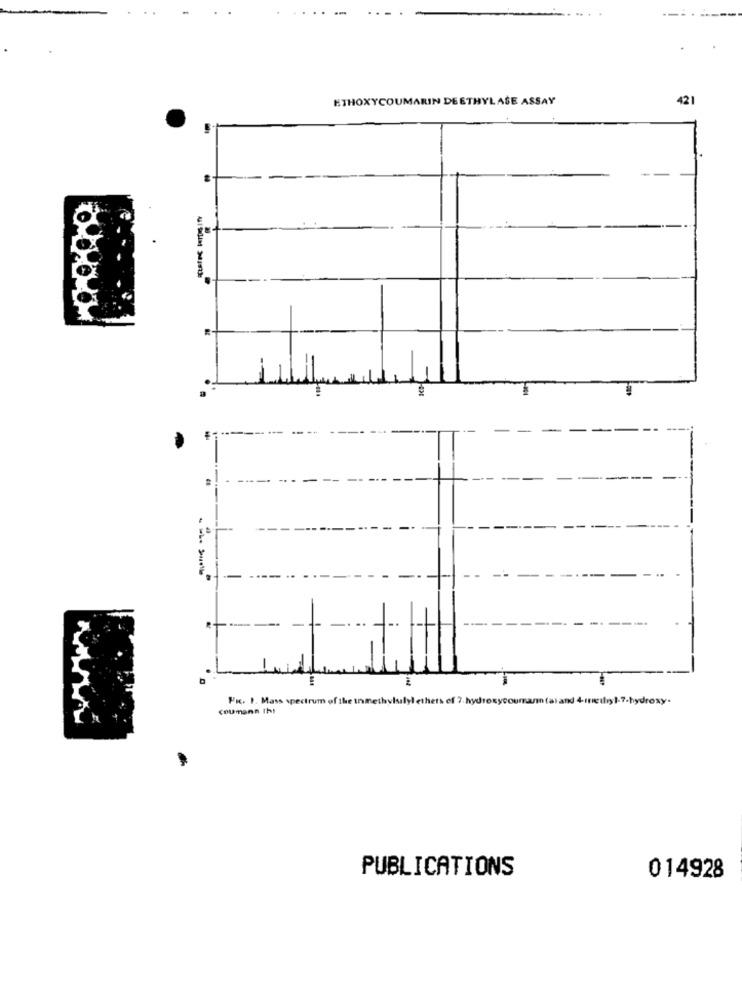
ETHOXYCOUMARIN DEETHYLASE ASSAY
421
- --
. ..
FR. 1. Mass spectrum of the Inmethylsalyl ethets ef 7. hydroxycourantal and 4-inethyl-7-hydroxy.
coumann tht
PUBLICATIONS
014928